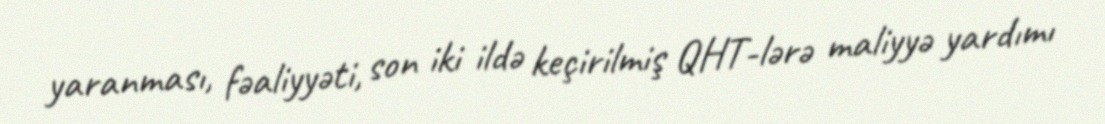
yaranması, fəaliyyəti, son iki ildə keçirilmiş QHT-lərə maliyyə yardımı